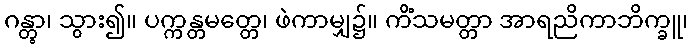
ဂန္တွာ၊ သွား၍။ ပက္ကန္တမတ္တေ၊ ဖဲကာမျှ၌။ ကိံသမတ္တာ အာရညိကာဘိက္ခူ၊